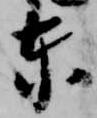
東